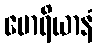
မောရိယာနံ